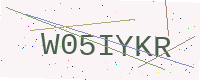
Text: W05IYKR